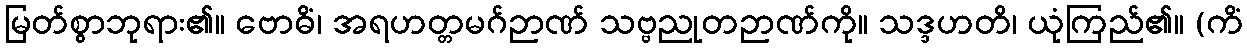
မြတ်စွာဘုရား၏။ ဗောဓိံ၊ အရဟတ္တမဂ်ဉာဏ် သဗ္ဗညုတဉာဏ်ကို။ သဒ္ဒဟတိ၊ ယုံကြည်၏။ (ကိံ